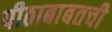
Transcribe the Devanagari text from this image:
पीठाबाबतची